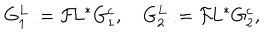
LaTeX: G _ { 1 } ^ { L } : = { \cal F } \! L ^ { * } G _ { 1 } ^ { c } , \quad G _ { 2 } ^ { L } : = { \cal F } \! L ^ { * } G _ { 2 } ^ { c } ,